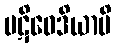
ပဋိဝေဒိယာမိ